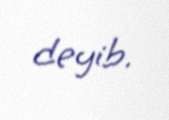
deyib.